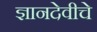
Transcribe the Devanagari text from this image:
ज्ञानदेवीचे